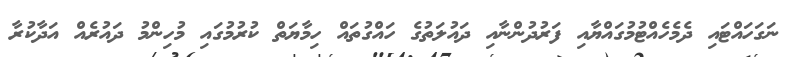
ނަގަހައްޓައި ދެމެހެއްޓުމުގައްޔާއި ފަރުދުންނާއި ދައުލަތުގެ ހައްގުތައް ހިމާޔަތް ކުރުމުގައި މުހިންމު ދައުރެއް އަދާކުރާ